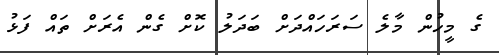
ގެ މީހުން މާލެ ސަރަހައްދަށް ބަދަލު ކޮށް ގެން އެރަށް ތައް ފަޅު